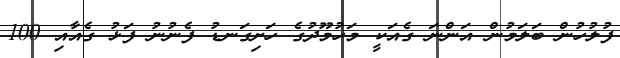
ފުލުހުން ބަލަމުން އަންނަ ގެއަކީ މަހުމޫދުގެ ހަށިގަނޑު ފެނުނު ފަޅު ގެއާއި 100